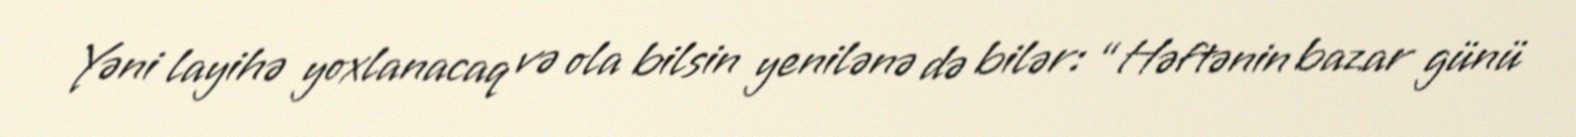
Yəni layihə yoxlanacaq və ola bilsin yenilənə də bilər: “Həftənin bazar günü